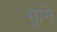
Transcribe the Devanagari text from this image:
गुनि